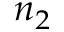
n _ { 2 }